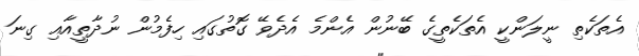
އެތަކެތި ނީލަންކީ އެތަކެތީގެ ބޭނުން އެންމެ އެދެވޭ ގޮތުގައި ހިފެމުން ނުދާތީއާއި ގިނަ